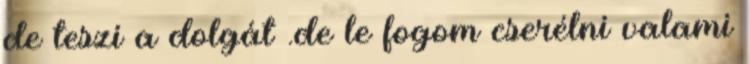
de teszi a dolgát .de le fogom cserélni valami